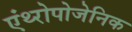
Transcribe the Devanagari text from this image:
एंथ्‍रोपोजेनिक